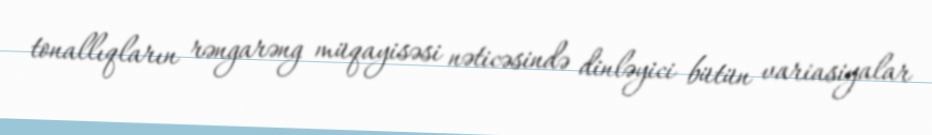
tonallıqların rəngarəng müqayisəsi nəticəsində dinləyici bütün variasiyalar